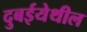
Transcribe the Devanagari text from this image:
दुबईयेथील